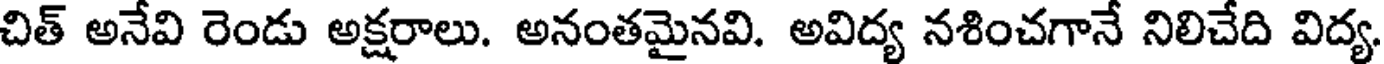
చిత్ అనేవి రెండు అక్షరాలు. అనంతమైనవి. అవిద్య నశించగానే నిలిచేది విద్య